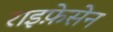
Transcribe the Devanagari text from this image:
राइफ़ेसेन